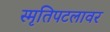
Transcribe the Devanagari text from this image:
स्मृतिपटलावर